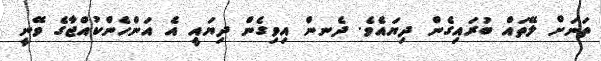
ތަނަށް ލޭތައް ބުރައިގެން ދިޔައެވެ. ދެނން އިވިގެން ދިޔައީ އެ އަންހެންކުއްޖާގެ ވޭނީ